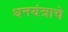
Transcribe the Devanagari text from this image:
धनयंत्राचे